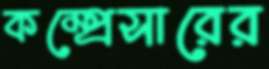
কম্প্রেসারের